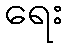
ရေး